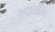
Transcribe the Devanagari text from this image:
लक्खीराम